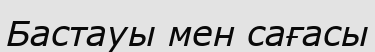
Бастауы мен сағасы